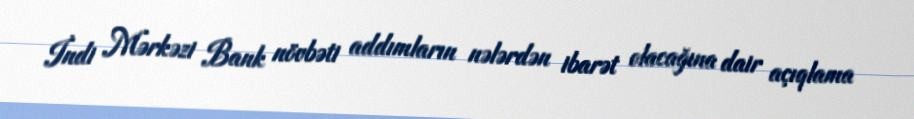
İndi Mərkəzi Bank növbəti addımların nələrdən ibarət olacağına dair açıqlama